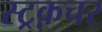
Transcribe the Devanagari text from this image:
स्ट्रक़चर